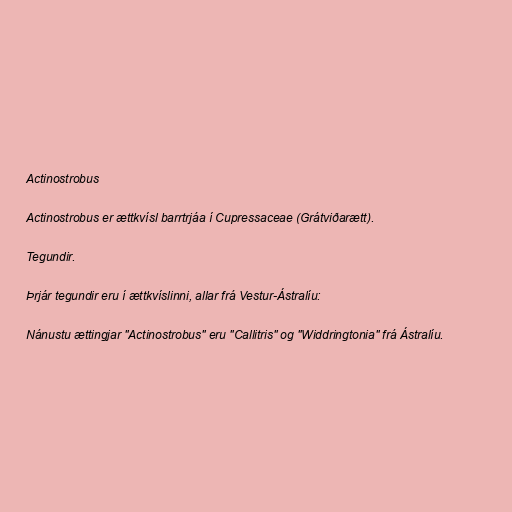
Actinostrobus

Actinostrobus er ættkvísl barrtrjáa í Cupressaceae (Grátviðarætt).

Tegundir.

Þrjár tegundir eru í ættkvíslinni, allar frá Vestur-Ástralíu:

Nánustu ættingjar "Actinostrobus" eru "Callitris" og "Widdringtonia" frá Ástralíu.